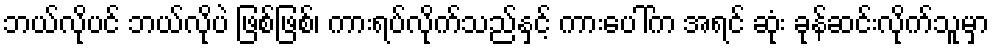
ဘယ်လိုပင် ဘယ်လိုပဲ ဖြစ်ဖြစ်၊ ကားရပ်လိုက်သည်နှင့် ကားပေါ်က အရင် ဆုံး ခုန်ဆင်းလိုက်သူမှာ